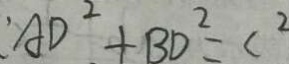
A D ^ { 2 } + B D ^ { 2 } = C ^ { 2 }